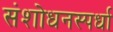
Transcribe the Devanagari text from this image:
संशोधनस्पर्धा